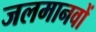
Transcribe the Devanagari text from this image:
जलमानवों